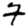
Digit: 7